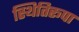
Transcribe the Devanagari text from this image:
स्थितिरूपा